Report of an investigation into the causes of malaria in Bombay and the measures necessary for its control
Disease focus: Malaria
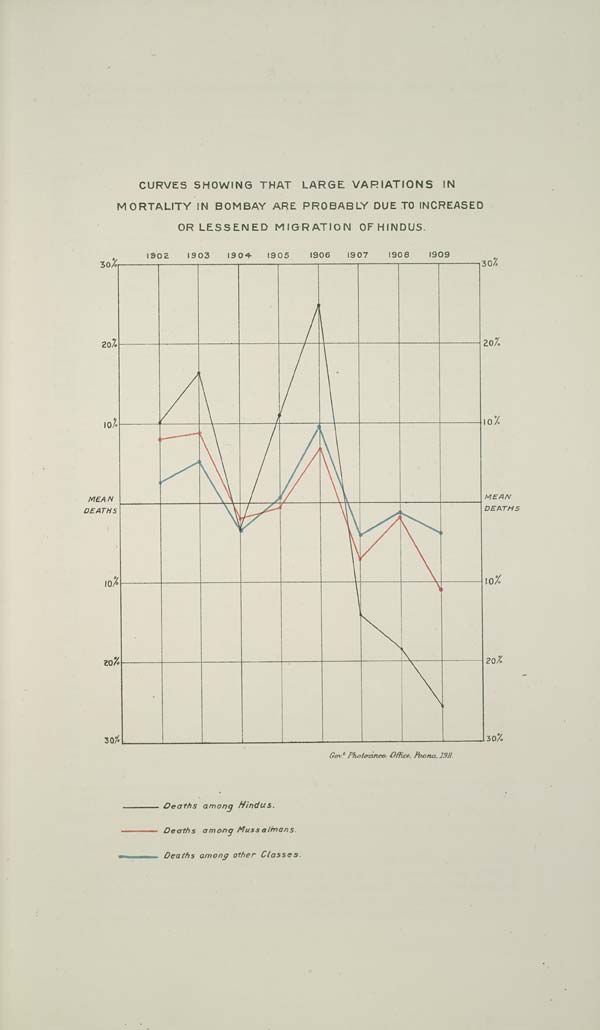
CURVES SHOWING THAT LARGE VARIATIONS IN
MORTALITY IN BOMBAY ARE PROBABLY DUE TO INCREASED
OR LESSENED MIGRATION OF HINDUS.
Gov t . Photozinco, Office, Poona, 1911.